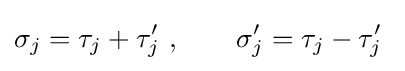
\sigma _{j}=\tau _{j}+\tau _{j}'~,\qquad \sigma '_{j}=\tau _{j}-\tau _{j}'~